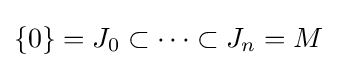
\{0\}=J_{0}\subset \cdots \subset J_{n}=M